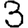
Digit: 3